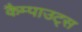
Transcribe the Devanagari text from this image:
कैम्पाउट्स